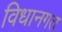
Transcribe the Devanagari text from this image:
विधानगत